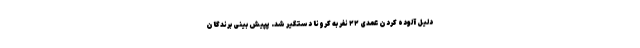
دلیل آلوده کردنِ عمدیِ ۲۲ نفر به کرونا دستگیر شد. پپیش بینی برندگان